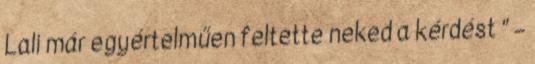
Lali már egyértelműen feltette neked a kérdést ” –